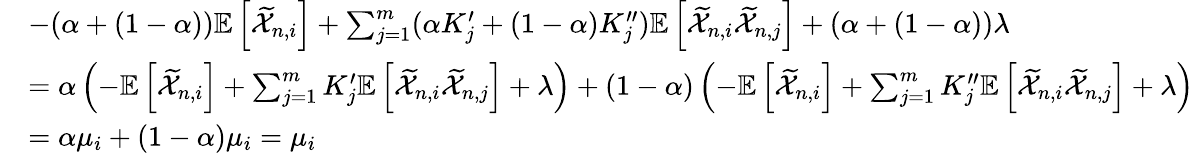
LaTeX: \begin{array}{rl}&{-(\alpha+(1-\alpha))\mathbb{E}\left[\widetilde{\mathcal{X}}_{n,i}\right]+\sum_{j=1}^{m}(\alpha K_{j}^{\prime}+(1-\alpha)K_{j}^{\prime\prime})\mathbb{E}\left[\widetilde{\mathcal{X}}_{n,i}\widetilde{\mathcal{X}}_{n,j}\right]+(\alpha+(1-\alpha))\lambda}\\ &{=\alpha\left(-\mathbb{E}\left[\widetilde{\mathcal{X}}_{n,i}\right]+\sum_{j=1}^{m}K_{j}^{\prime}\mathbb{E}\left[\widetilde{\mathcal{X}}_{n,i}\widetilde{\mathcal{X}}_{n,j}\right]+\lambda\right)+(1-\alpha)\left(-\mathbb{E}\left[\widetilde{\mathcal{X}}_{n,i}\right]+\sum_{j=1}^{m}K_{j}^{\prime\prime}\mathbb{E}\left[\widetilde{\mathcal{X}}_{n,i}\widetilde{\mathcal{X}}_{n,j}\right]+\lambda\right)}\\ &{=\alpha\mu_{i}+(1-\alpha)\mu_{i}=\mu_{i}}\end{array}